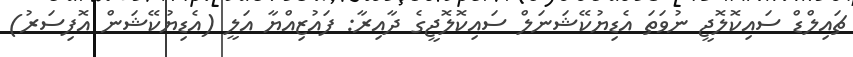
ޗައިލްޑް ސައިކޮލޮޖީ ނުވަތަ އެޑިޔުކޭޝަނަލް ސައިކޮލޮޖީގެ ދާއިރާ: ފައުޒިއްޔާ އަލީ (އެޑިޔުކޭޝަން އޮފިސަރު)